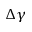
\Delta \gamma